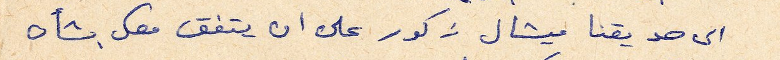
الى صديقنا ميشال زكور على ان يتفق معك بشأن